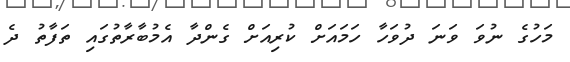
މަހުގެ ނުވަ ވަނަ ދުވަހާ ހަމައަށް ކުރިއަށް ގެންދާ އެމުބާރާތުގައި ތަފާތު ދެ